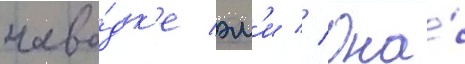
наво́дк'е эм'и // Она́